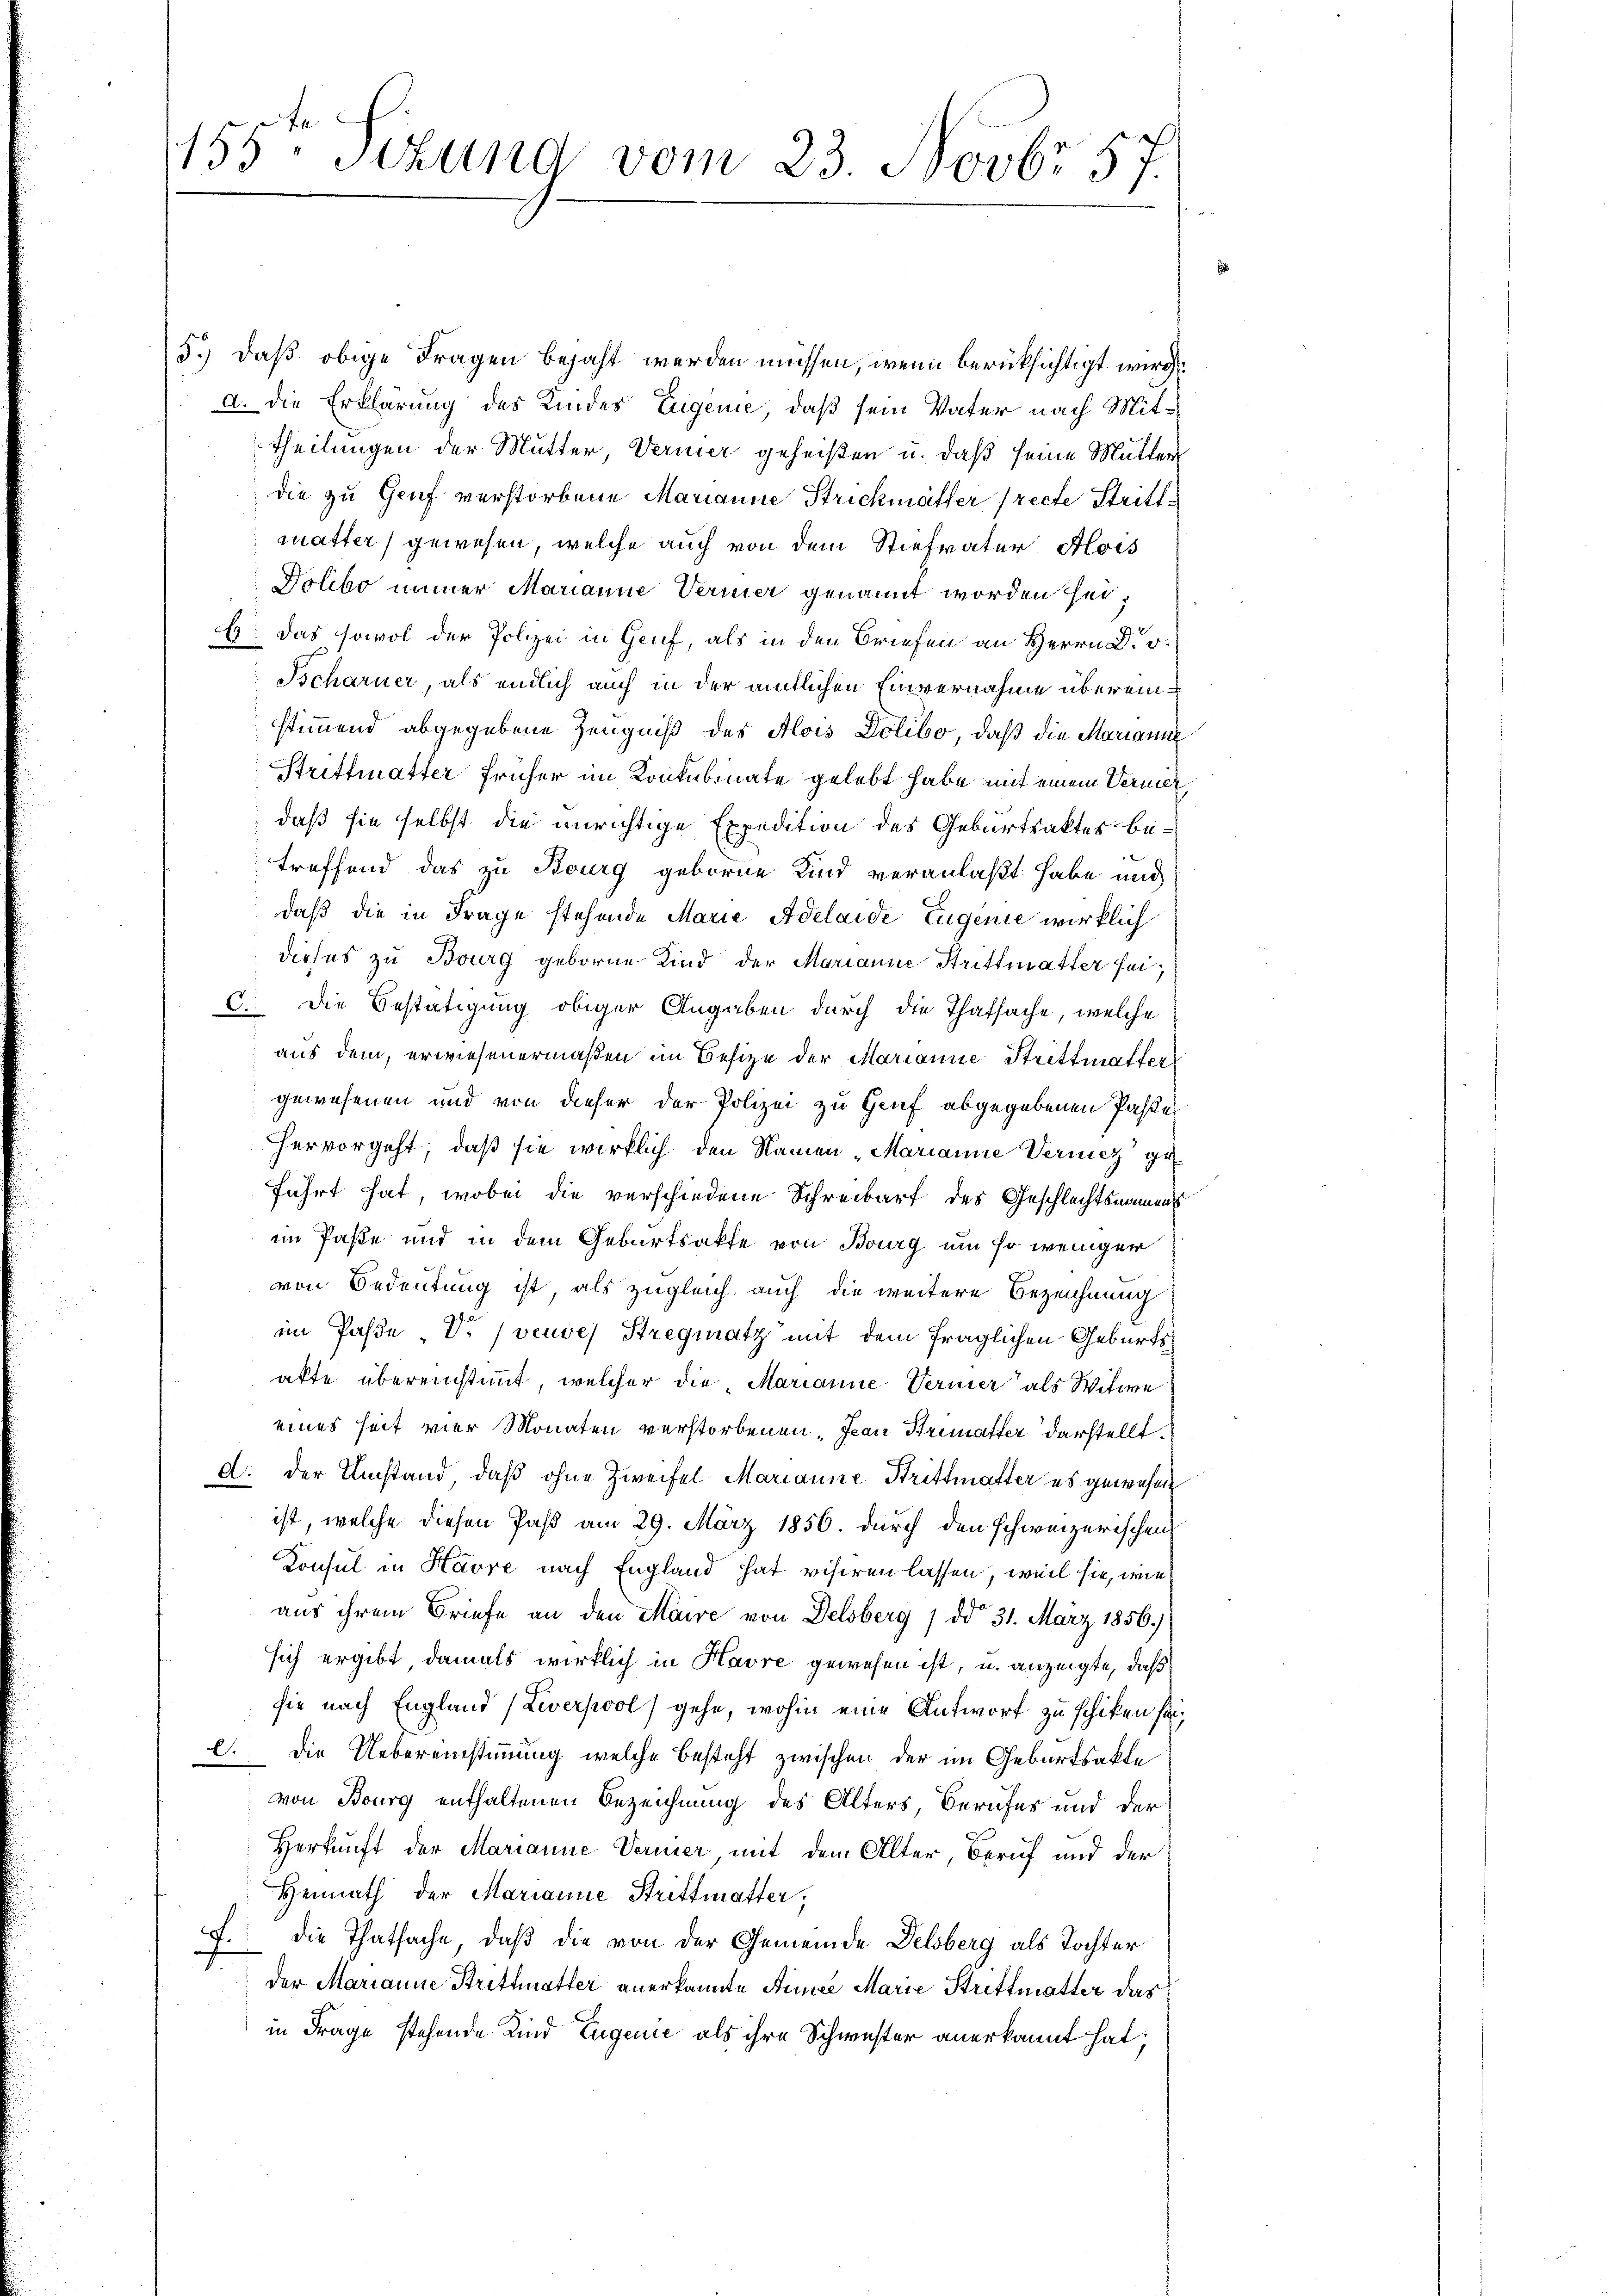
155. Schand vom 23. Novbr 57.

5.) daß obige Fragen bejaht werden müssen, wenn berücksichtigt wird.
A. Die Erklärung des Kindes Eigenie, daß sein Vater nach Mit¬
Theilungen der Mutter, Vermer geheißen u. daß seine Mutter
die zu Genf verstorbene Marianne Strichmäffer recte Stritt
mutter) gewesen, welche auch von dem Stiefvater Alois
Dolivo immer Marianne Vermier genannt worden sei,
E. Das sowol der Polizei in Genf, als in den Briefen an Herrn D. v.
Tscharner, als endlich auch in der amtlichen Einvernahme übereinstimmend abgegebene Zeugniß des Alois Dolibo, daß die Marianne
Strittmatter früher im Konkubinate gelebt habe mit einem Verner
daß sie selbst die unrichtige Expedition des Geburtsaktes betreffend das zu Bourg geborne Kind veranlaßt habe und
daß die in Frage stehende Marie Adelaide Eugenie wirklich
dieses zu Bourg geborne Kind der Marianne Strittmatter sei¬
C. Die Bestätigung obiger Angaben durch die Thatsache, welche
aus dem, erwiesenermaßen im Besize der Marianne Strittmatter
gewesenen und von dieser der Polizei zu Gruf abgegebenen Paste
hervorgeht, daß sie wirklich den Namen „Marianne Vernicz ge
führt hat, wobei die verschiedene Schreibarf des Geschlechtsnamens
im Paße und in dem Geburtsakte von Bourg um so weniger
von Bedeutung ist, als zugleich auch die weitere Bezeichnung
im Pässe - Dr. veuves Strequatz mit dem fraglichen Geburts
akte übereinstimmt, welcher die Marianne Vermer als Witwe
eines seit vier Monaten verstorbenen Jean Primatter darstellt
d. Der Umstand, daß ohne Zweifel Marianne Strittmatter es gewesen
ist, welche diesen Paß am 29. März 1856. durch den schweizerischen
Konsul in Havre nach England hat visiren lassen, weil sie, wie
aus ihrem Briefe an den Maire von Delsberg 1 ddo 31. März 1856.)
sich ergibt damals wirklich in Havre gewesen ist, u. anzeigte, daß
sie nach England (Ziverpool gehe, wohin eine Antwort zu schiken sei,
l. die Uebereinstimmung, welche besteht zwischen der im Geburtsakte
von Bourg enthaltenen Bezeichnung des Alters, Berufes und der
Herkunft der Marianne Vermier mit dem Alter, Beruf und der
Heimath der Marianne Strittmatter;
die Thatsache, daß die von der Gemeinde Delsberg als Tochter
.
der Marianne Strittmatter anerkannte Armee Marie Strittmatter das
in Frage stehende Kind Eugenie als ihre Schwester anerkannt hat.